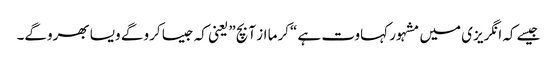
جیسے کہ انگریزی میں مشہور کہاوت ہے “کرما از آ بچ” یعنی کہ جیسا کرو گے ویسا بھروگے۔